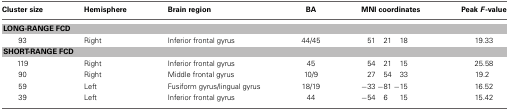
<table><thead><tr><td><b>Cluster size</b></td><td><b>Hemisphere</b></td><td><b>Brain region</b></td><td><b>BA</b></td><td colspan="3"><b>MNI coordinates</b></td><td><b>Peak <i>F</i>-value</b></td></tr></thead><tbody><tr><td colspan="8"><b>LONG-RANGE FCD</b></td></tr><tr><td>93</td><td>Right</td><td>Inferior frontal gyrus</td><td>44/45</td><td>51</td><td>21</td><td>18</td><td>19.33</td></tr><tr><td colspan="8"><b>SHORT-RANGE FCD</b></td></tr><tr><td>119</td><td>Right</td><td>Inferior frontal gyrus</td><td>45</td><td>54</td><td>21</td><td>15</td><td>25.58</td></tr><tr><td>90</td><td>Right</td><td>Middle frontal gyrus</td><td>10/9</td><td>27</td><td>54</td><td>33</td><td>19.2</td></tr><tr><td>59</td><td>Left</td><td>Fusiform gyrus/lingual gyrus</td><td>18/19</td><td>−33</td><td>−81</td><td>−15</td><td>16.52</td></tr><tr><td>39</td><td>Left</td><td>Inferior frontal gyrus</td><td>44</td><td>−54</td><td>6</td><td>15</td><td>15.42</td></tr></tbody></table>